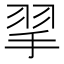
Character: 𢬙